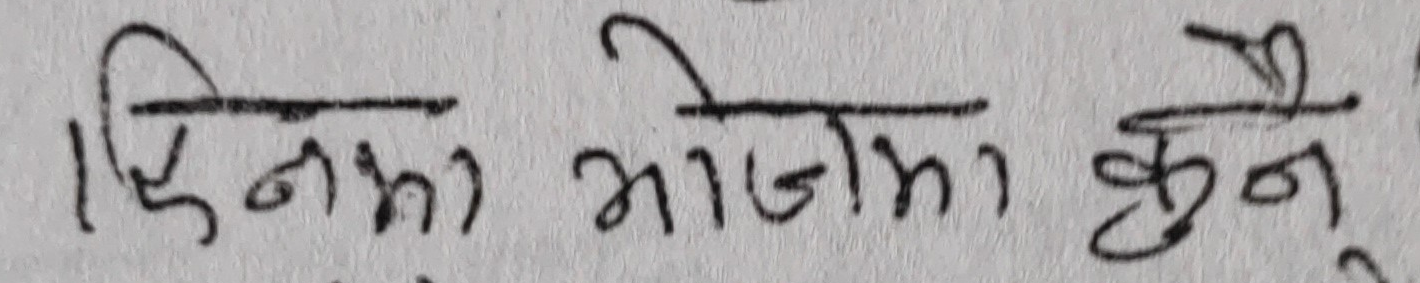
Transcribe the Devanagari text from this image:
क्रिनामा भोजमा कुनै